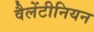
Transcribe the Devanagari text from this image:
वैलेंटीनियन